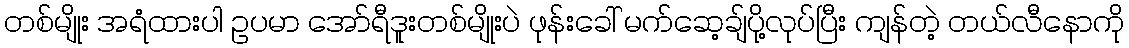
တစ်မျိုး အရံထားပါ ဥပမာ အော်ရီဒူးတစ်မျိုးပဲ ဖုန်းခေါ် မက်ဆေ့ချ်ပို့လုပ်ပြီး ကျန်တဲ့ တယ်လီနောကို